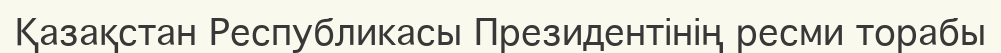
Қазақстан Республикасы Президентінің ресми торабы